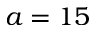
a = 1 5